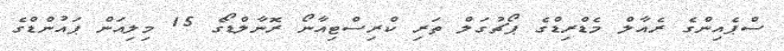
ސްޕެއިންގެ ރެއާލް މެޑްރިޑްގެ ޕޯޗުގަލް ތަރި ކްރިސްޓިއާނޯ ރޮނާލްޑޯގެ 15 މިލިއަން ޕައުންޑްގެ